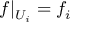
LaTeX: f | _ { U _ { i } } = f _ { i }